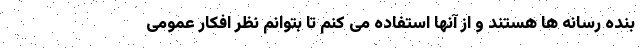
بنده رسانه ها هستند و از آنها استفاده می کنم تا بتوانم نظر افکار عمومی